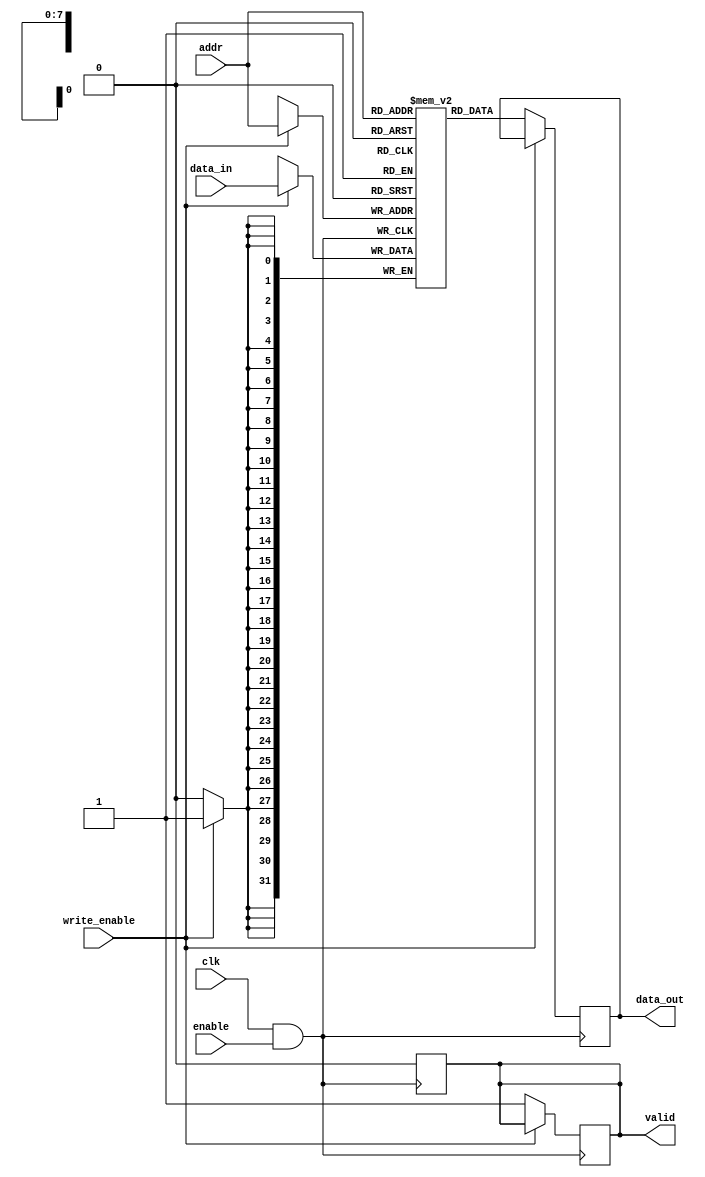
module MemoryBlock #(
    parameter ADDR_WIDTH = 8,  // Address width
    parameter DATA_WIDTH = 32,  // Data width
    parameter MEM_SIZE = 256     // Memory size (2^ADDR_WIDTH)
)(
    input wire clk,               // Original clock signal
    input wire enable,            // Enable signal for the memory block
    input wire write_enable,      // Write enable signal
    input wire [ADDR_WIDTH-1:0] addr, // Address input
    input wire [DATA_WIDTH-1:0] data_in, // Data input
    output reg [DATA_WIDTH-1:0] data_out, // Data output
    output reg valid              // Valid signal for output
);

    // Memory array declaration
    reg [DATA_WIDTH-1:0] memory [0:MEM_SIZE-1];

    // Clock gating logic
    wire gated_clk;
    assign gated_clk = clk & enable; // Gated clock signal

    // Memory operation
    always @(posedge gated_clk) begin
        if (write_enable) begin
            memory[addr] <= data_in; // Write operation
        end
        else begin
            data_out <= memory[addr]; // Read operation
            valid <= 1'b1;             // Indicate valid output
        end
    end

    // Output enable logic
    always @(negedge gated_clk) begin
        valid <= 1'b0; // Clear valid signal on clock edge
    end

endmodule